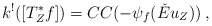
\begin{align*} k^!([T^*_Zf]) =CC(-\psi_f(\check{E}u_Z))\:,\end{align*}